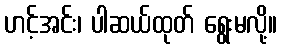
ဟင့်အင်း၊ ပါဆယ်ထုတ် ရွေးမလို့။